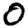
Digit: 0